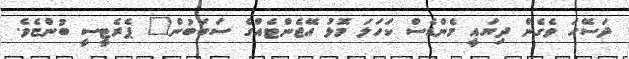
ދަސޭހަ ވެގެން ދިޔައީ މެންޑެސް ކަހަލަ މޮޅު އޭޖެންޓެއްގެ ސަބަބުން" ޕެރެޓީސީ ބުންޏެވެ.